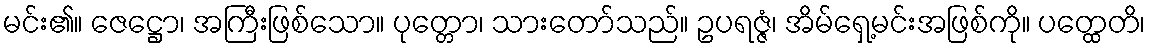
မင်း၏။ ဇေဋ္ဌော၊ အကြီးဖြစ်သော။ ပုတ္တော၊ သားတော်သည်။ ဥပရဇ္ဇံ၊ အိမ်ရှေ့မင်းအဖြစ်ကို။ ပတ္ထေတိ၊